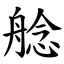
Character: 艌